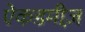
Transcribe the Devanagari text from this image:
ऐकडमीज़